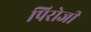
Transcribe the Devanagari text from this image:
पिरोजी